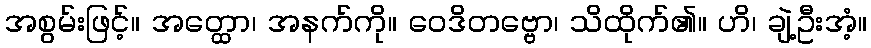
အစွမ်းဖြင့်။ အတ္ထော၊ အနက်ကို။ ဝေဒိတဗ္ဗော၊ သိထိုက်၏။ ဟိ၊ ချဲ့ဦးအံ့။